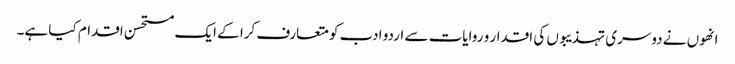
انھوں نے دوسری تہذیبوں کی اقدار و روایات سے اردو ادب کو متعارف کرا کے ایک مستحسن اقدام کیا ہے۔